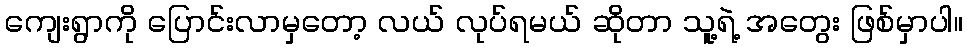
ကျေးရွာကို ပြောင်းလာမှတော့ လယ် လုပ်ရမယ် ဆိုတာ သူ့ရဲ့ အတွေး ဖြစ်မှာပါ။